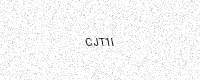
Text: CJT1I